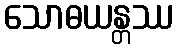
သောဓယန္တဿ